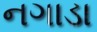
નગાડા